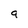
Character: 9